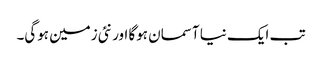
تب ایک نیا آسمان ہوگا اور نئی زمین ہوگی۔